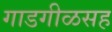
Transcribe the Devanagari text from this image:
गाडगीळसह